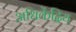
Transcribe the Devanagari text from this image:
अधिकेंद्रिय